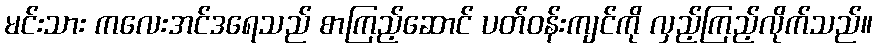
မင်းသား ကလေးအင်ဒရေသည် စာကြည့်ဆောင် ပတ်ဝန်းကျင်ကို လှည့်ကြည့်လိုက်သည်။